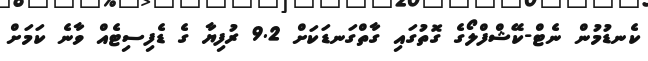
ކެނޑުމުން ނެޓް-ކޭޝްފްލޯގެ ގޮތުގައި ގާތްގަނޑަކަށް 9.2 ރުފިޔާ ގެ ޑެފިސިޓެއް ވާނެ ކަމަށް